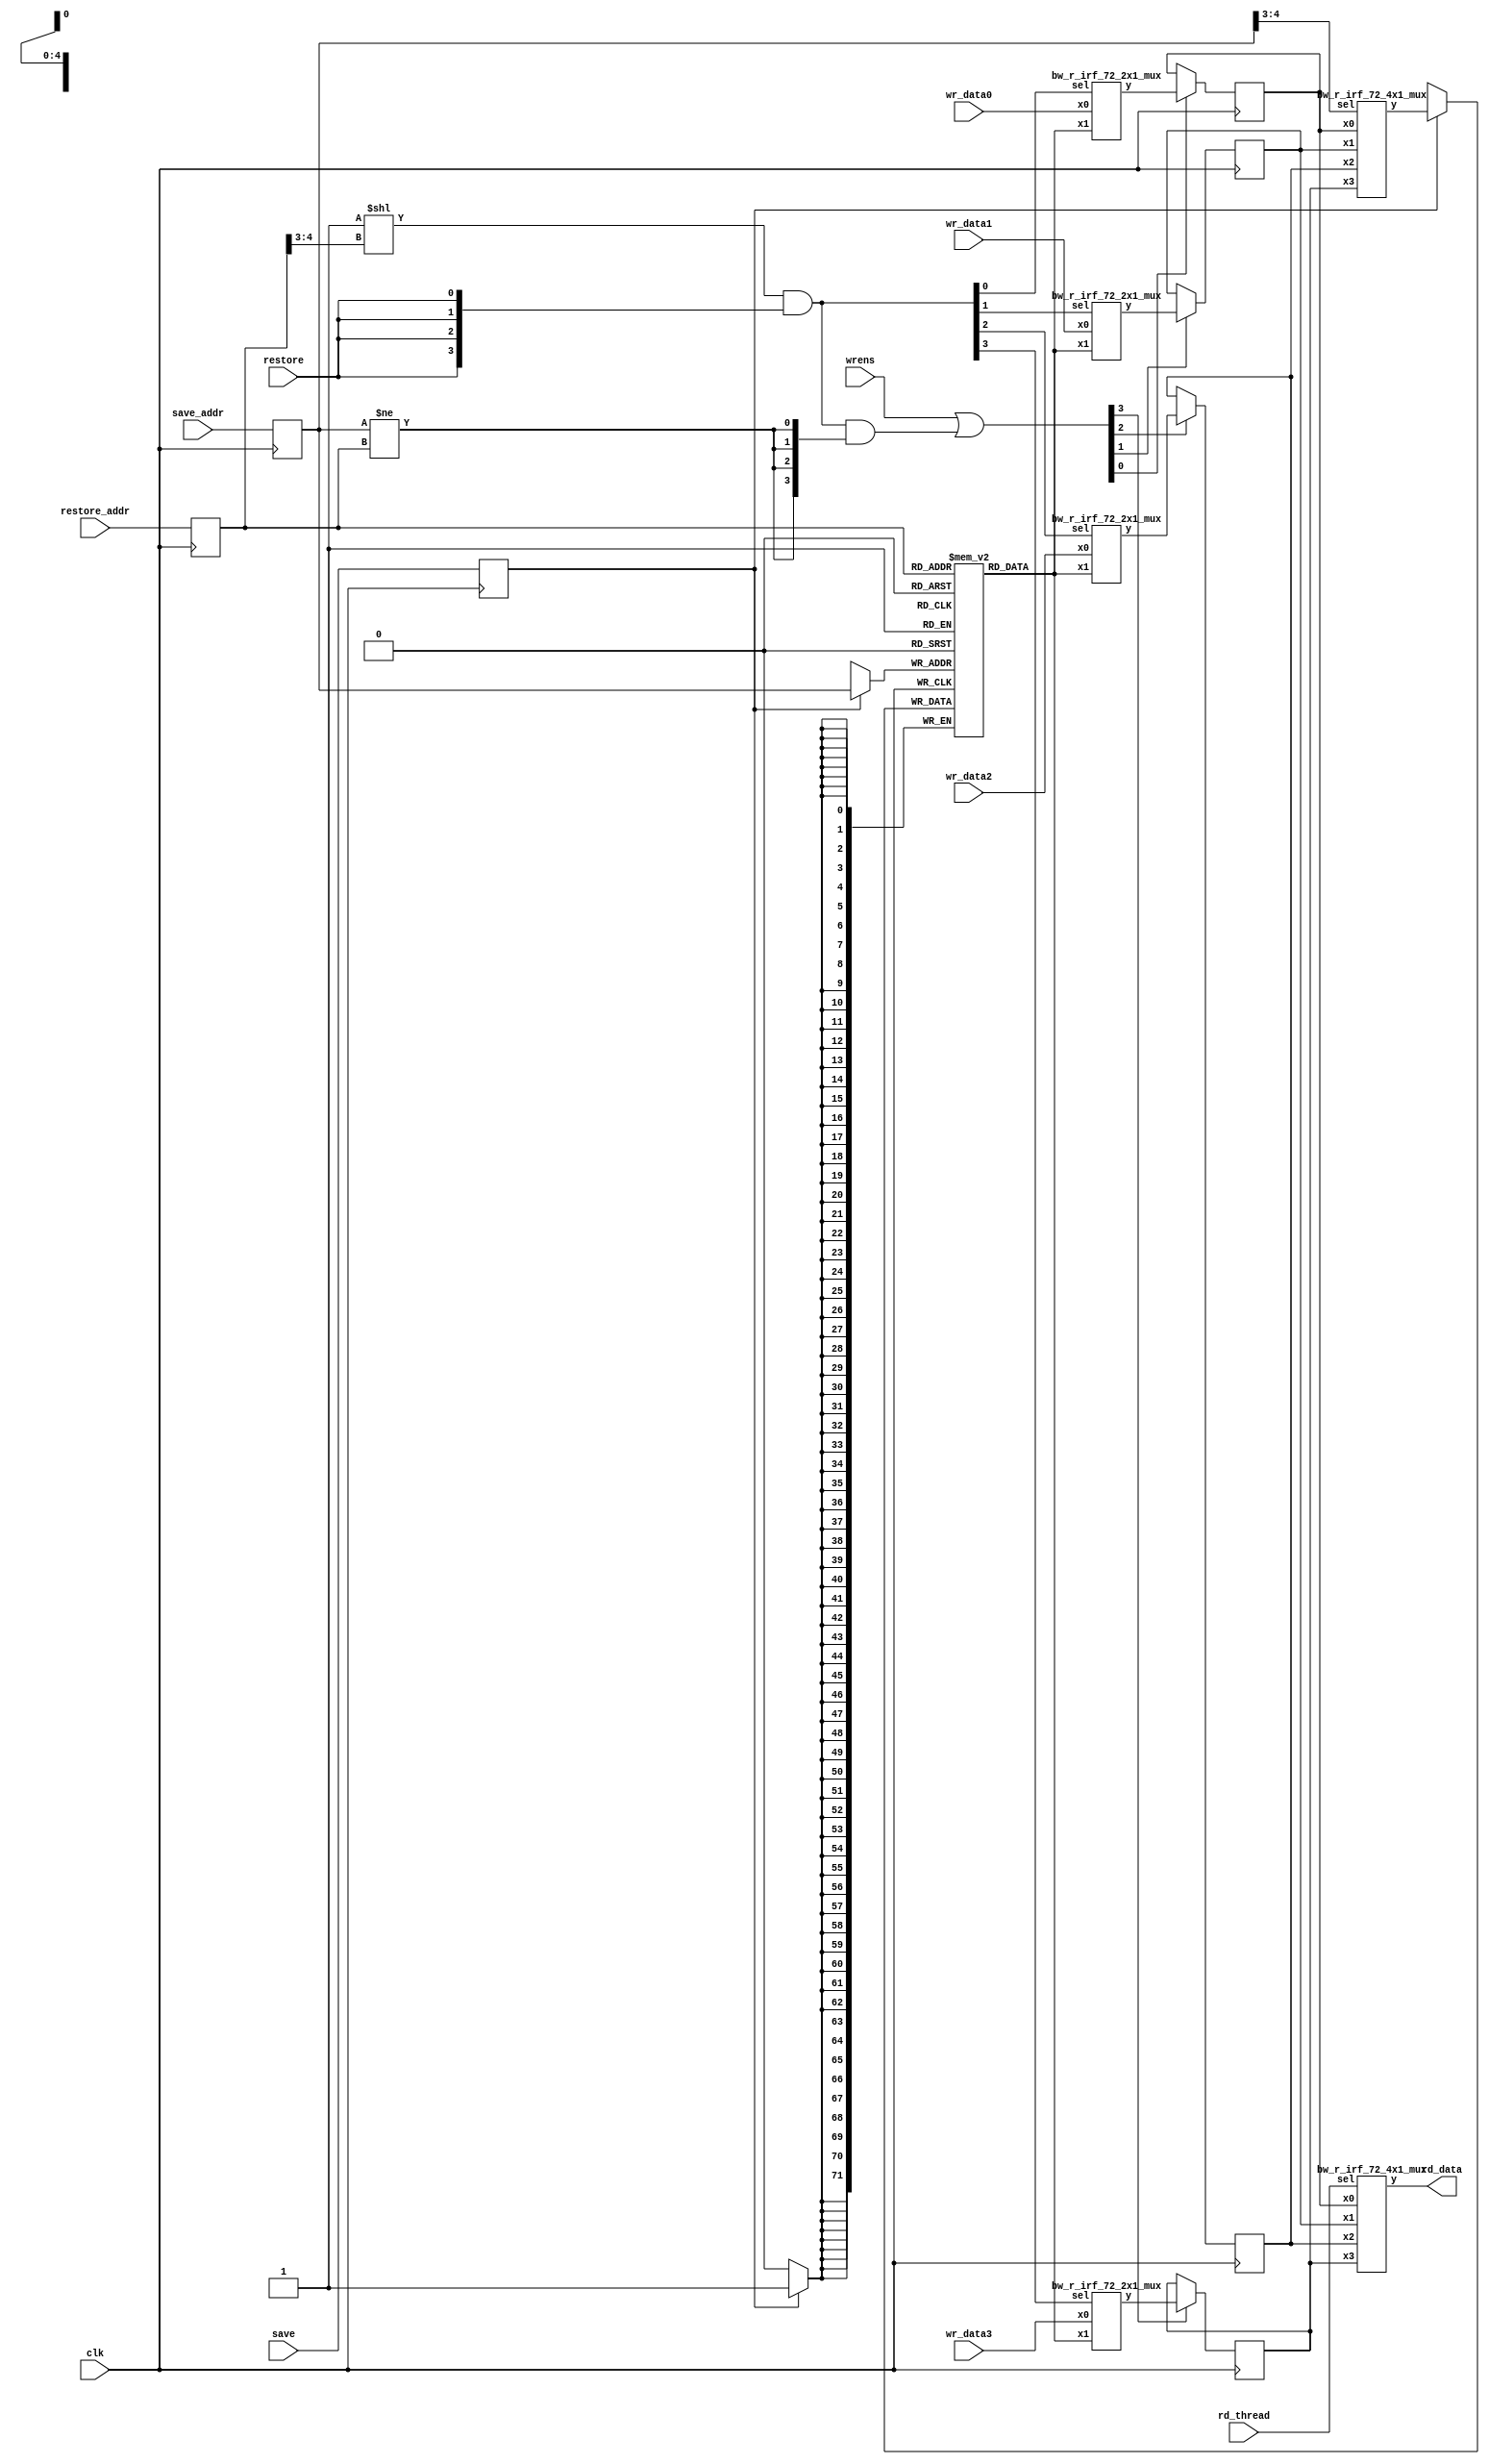
// ========== Copyright Header Begin ==========================================
// 
// OpenSPARC T1 Processor File: bw_r_irf_register.v
// Copyright (c) 2006 Sun Microsystems, Inc.  All Rights Reserved.
// DO NOT ALTER OR REMOVE COPYRIGHT NOTICES.
// 
// The above named program is free software; you can redistribute it and/or
// modify it under the terms of the GNU General Public
// License version 2 as published by the Free Software Foundation.
// 
// The above named program is distributed in the hope that it will be 
// useful, but WITHOUT ANY WARRANTY; without even the implied warranty of
// MERCHANTABILITY or FITNESS FOR A PARTICULAR PURPOSE.  See the GNU
// General Public License for more details.
// 
// You should have received a copy of the GNU General Public
// License along with this work; if not, write to the Free Software
// Foundation, Inc., 51 Franklin St, Fifth Floor, Boston, MA 02110-1301, USA.
// 
// ========== Copyright Header End ============================================









































































































module bw_r_irf_register(clk, wrens, save, save_addr, restore, restore_addr, wr_data0, wr_data1, wr_data2, wr_data3, rd_thread, rd_data);
	input		clk;
	input	[3:0]	wrens;
	input		save;
	input	[4:0]	save_addr;
	input		restore;
	input	[4:0]	restore_addr;
	input	[71:0]	wr_data0;
	input	[71:0]	wr_data1;
	input	[71:0]	wr_data2;
	input	[71:0]	wr_data3;
	input	[1:0]	rd_thread;
	output	[71:0]	rd_data;

reg	[71:0]	window[31:0]/* synthesis syn_ramstyle = block_ram  syn_ramstyle = no_rw_check */;
reg	[71:0]	reg_th0, reg_th1, reg_th2, reg_th3;

reg	[4:0]	rd_addr;
reg	[4:0]	wr_addr;
reg		save_d;

initial begin
  reg_th0 = 72'b0;
  reg_th1 = 72'b0;
  reg_th2 = 72'b0;
  reg_th3 = 72'b0;
end

bw_r_irf_72_4x1_mux mux4_1(
	.sel(rd_thread),
	.x0(reg_th0),
	.x1(reg_th1),
	.x2(reg_th2),
	.x3(reg_th3),
	.y(rd_data)
	);

  always @(negedge clk) begin
    rd_addr = restore_addr;
  end

  wire [71:0] restore_data = window[rd_addr];

  always @(posedge clk) begin
    wr_addr <= save_addr;
  end
  always @(posedge clk) begin
    save_d <= save;
  end

  wire [71:0] save_data;

  bw_r_irf_72_4x1_mux mux4_2(
        .sel(wr_addr[4:3]),
        .x0(reg_th0),
        .x1(reg_th1),
        .x2(reg_th2),
        .x3(reg_th3),
        .y(save_data)
        );

  always @(negedge clk) begin
    if(save_d) window[wr_addr] <= save_data;
  end

//Register implementation for 4 threads / 2 write & 1 restore port

  wire [3:0] restores = (1'b1 << rd_addr[4:3]) & {4{restore}};
  //wire [3:0] wren1s = (1'b1 << wr1_th) & {4{wren1}};
  //wire [3:0] wren2s = (1'b1 << wr2_th) & {4{wren2}};

  wire [71:0] wrdata0, wrdata1, wrdata2, wrdata3;

  bw_r_irf_72_2x1_mux mux2_5(
        .sel(restores[0]),
        .x0(wr_data0),
        .x1(restore_data),
        .y(wrdata0)
        );

  bw_r_irf_72_2x1_mux mux2_6(
        .sel(restores[1]),
        .x0(wr_data1),
        .x1(restore_data),
        .y(wrdata1)
        );

  bw_r_irf_72_2x1_mux mux2_7(
        .sel(restores[2]),
        .x0(wr_data2),
        .x1(restore_data),
        .y(wrdata2)
        );

  bw_r_irf_72_2x1_mux mux2_8(
        .sel(restores[3]),
        .x0(wr_data3),
        .x1(restore_data),
        .y(wrdata3)
        );

  //wire [3:0] wr_en = wren1s | wren2s | (restores & {4{(wr_addr[4:0] != rd_addr[4:0])}});
  wire [3:0] wr_en = wrens | (restores & {4{(wr_addr[4:0] != rd_addr[4:0])}});

  //288 Flops
  always @(posedge clk) begin
    if(wr_en[0]) reg_th0 <= wrdata0;
    if(wr_en[1]) reg_th1 <= wrdata1;
    if(wr_en[2]) reg_th2 <= wrdata2;
    if(wr_en[3]) reg_th3 <= wrdata3;
  end
    
endmodule


module bw_r_irf_72_4x1_mux(sel, y, x0, x1, x2, x3);
	input	[1:0]	sel;
	input	[71:0]	x0;
	input	[71:0]	x1;
	input	[71:0]	x2;
	input	[71:0]	x3;
	output	[71:0] y;
	reg	[71:0] y;

	always @(sel or x0 or x1 or x2 or x3)
		case(sel)
		  2'b00: y = x0;
		  2'b01: y = x1;
		  2'b10: y = x2;
		  2'b11: y = x3;
		endcase

endmodule
	

module bw_r_irf_72_2x1_mux(sel, y, x0, x1);
	input		sel;
	input	[71:0]	x0;
	input	[71:0]	x1;
	output	[71:0] y;
	reg	[71:0] y;

	always @(sel or x0 or x1)
		case(sel)
		  1'b0: y = x0;
		  1'b1: y = x1;
		endcase

endmodule